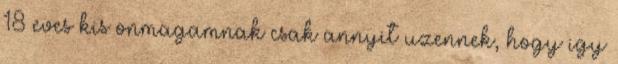
18 eves kis onmagamnak csak annyit uzennek, hogy igy